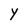
Character: y